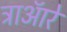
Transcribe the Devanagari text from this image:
ट्राऑरे